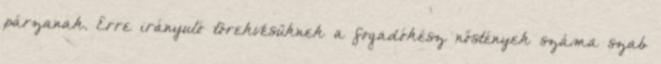
párzanak. Erre irányuló törekvésüknek a fogadókész nőstények száma szab